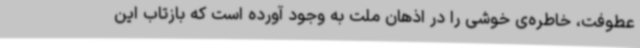
عطوفت، خاطره‌ی خوشی را در اذهان ملت به وجود آورده است که بازتاب این